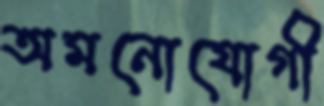
অমনোযোগী